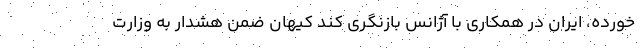
خورده، ایران در همکاری با آژانس بازنگری کند کیهان ضمن هشدار به وزارت